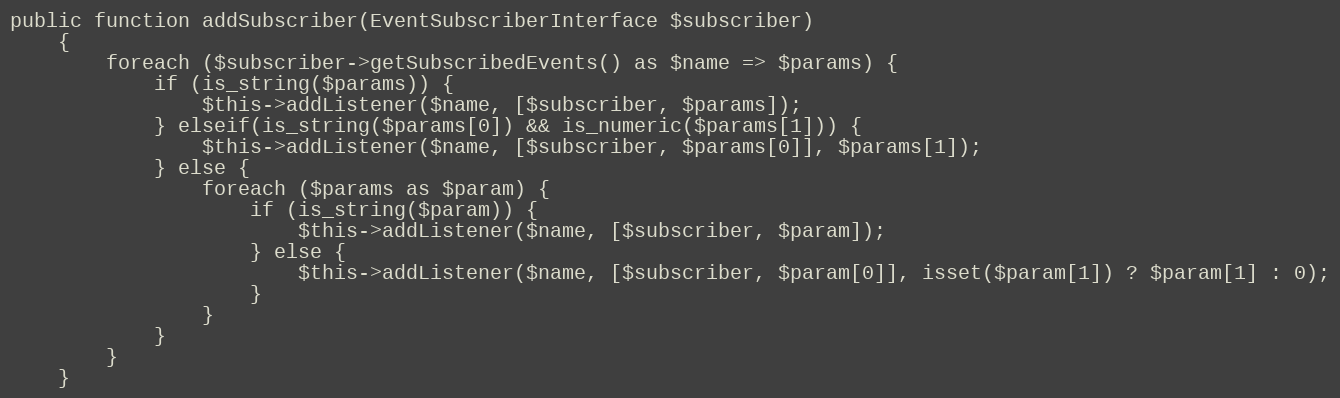
Language: PHP
public function addSubscriber(EventSubscriberInterface $subscriber)
    {
        foreach ($subscriber->getSubscribedEvents() as $name => $params) {
            if (is_string($params)) {
                $this->addListener($name, [$subscriber, $params]);
            } elseif(is_string($params[0]) && is_numeric($params[1])) {
                $this->addListener($name, [$subscriber, $params[0]], $params[1]);
            } else {
                foreach ($params as $param) {
                    if (is_string($param)) {
                        $this->addListener($name, [$subscriber, $param]);
                    } else {
                        $this->addListener($name, [$subscriber, $param[0]], isset($param[1]) ? $param[1] : 0);
                    }
                }
            }
        }
    }